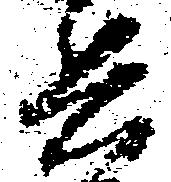
兵